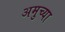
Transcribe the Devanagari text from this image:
अमुच्या